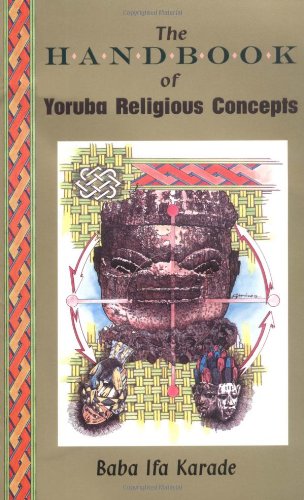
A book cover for The Handbook of Yoruba Religious Concepts; Baba Ifa Karade; Literature & Fiction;